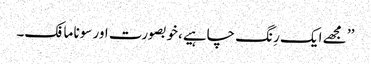
’’ مجھے ایک رِنگ چاہیے،خوبصورت اور سونا مافک۔